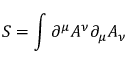
S = \int \partial ^ { \mu } A ^ { \nu } \partial _ { \mu } A _ { \nu }